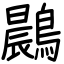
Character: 鷐